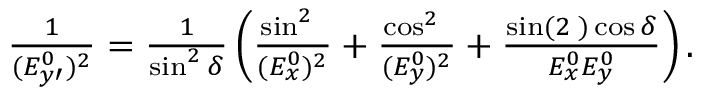
\begin{array} { r } { \frac { 1 } { ( E _ { y \prime } ^ { 0 } ) ^ { 2 } } = \frac { 1 } { \sin ^ { 2 } \delta } \left( \frac { \sin ^ { 2 } { \it \Psi } } { ( E _ { x } ^ { 0 } ) ^ { 2 } } + \frac { \cos ^ { 2 } { \it \Psi } } { ( E _ { y } ^ { 0 } ) ^ { 2 } } + \frac { \sin ( 2 { \it \Psi } ) \cos \delta } { E _ { x } ^ { 0 } E _ { y } ^ { 0 } } \right) . } \end{array}